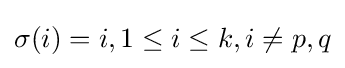
\sigma (i)=i,1\leq i\leq k,i\neq p,q